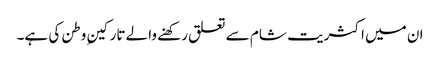
ان میں اکثریت شام سے تعلق رکھنے والے تارکینِ وطن کی ہے۔